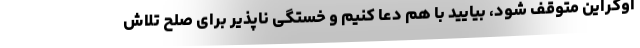
اوکراین متوقف شود، بیایید با هم دعا کنیم و خستگی ناپذیر برای صلح تلاش